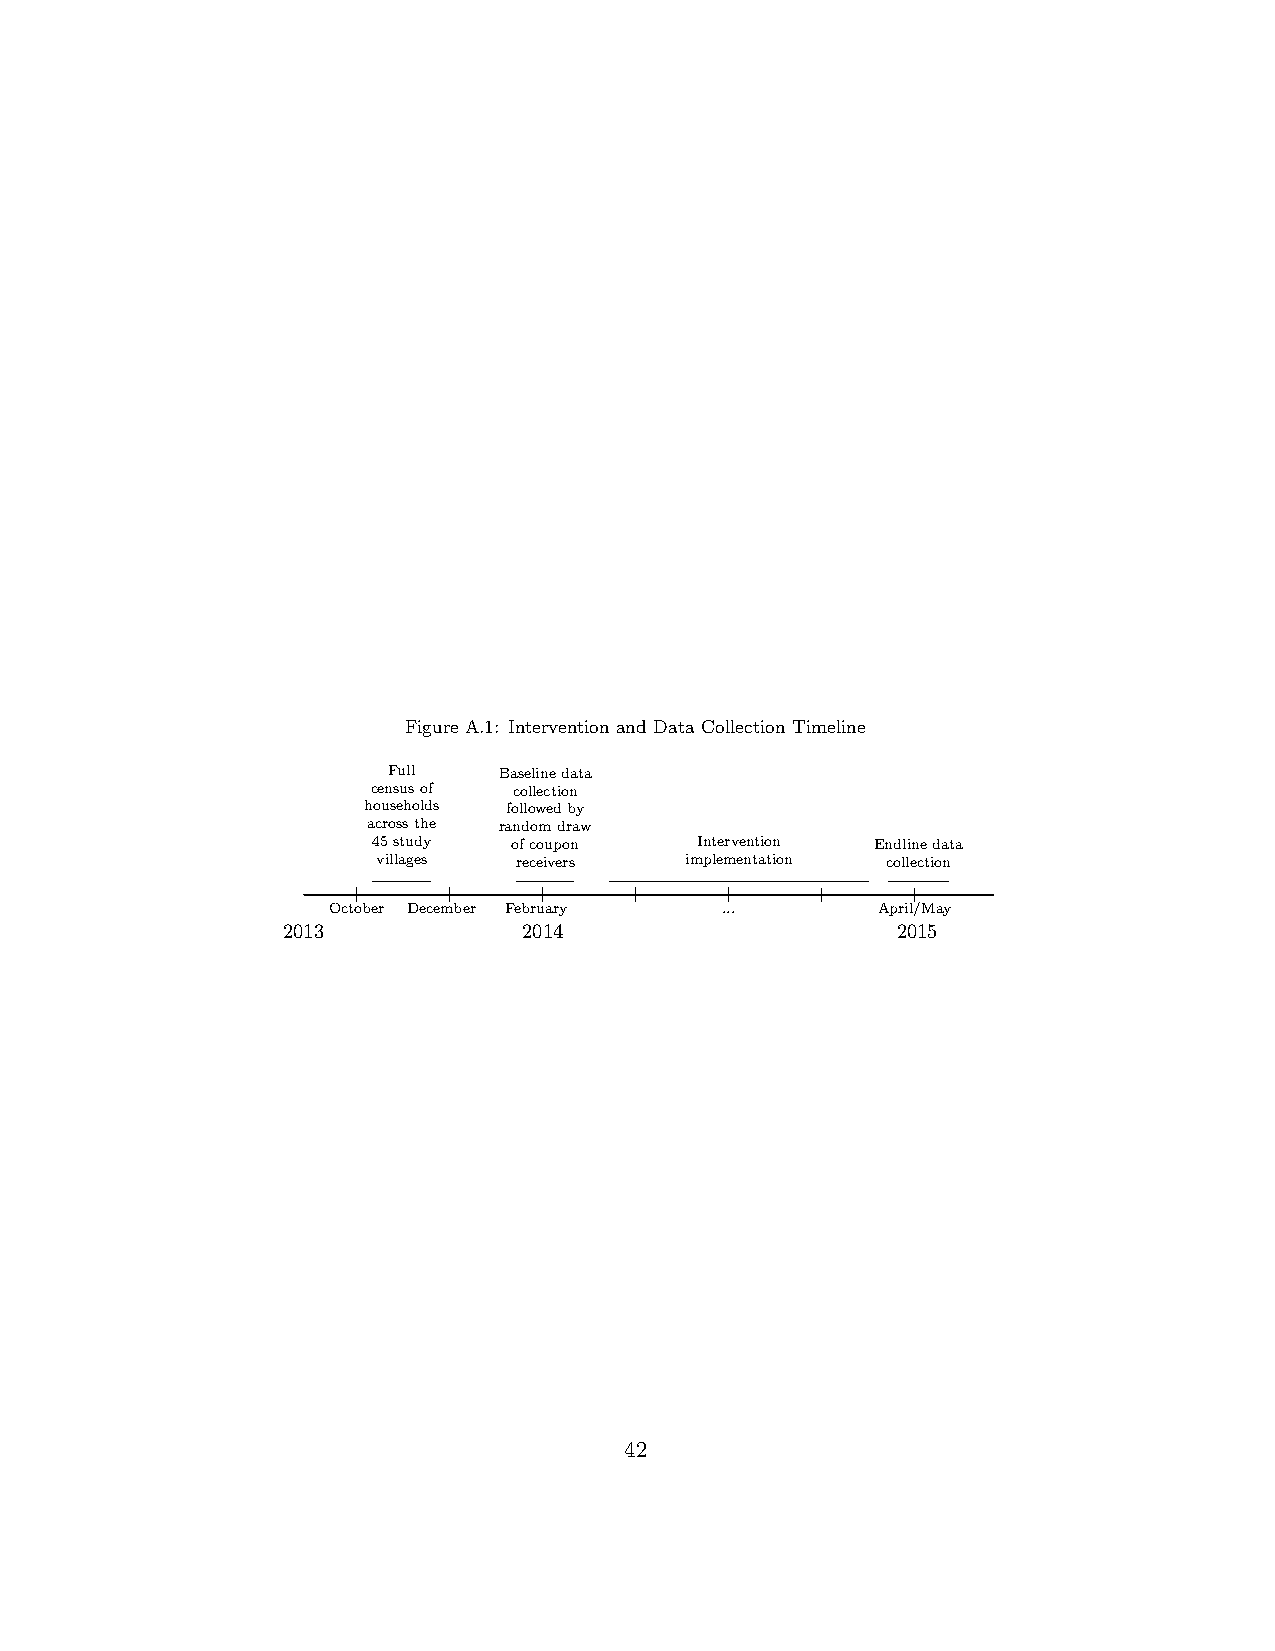
Figure A.1: Intervention and Data Collection Timeline
 Full   Baselinedata
 censusof collection
 households followedby
 acrossthe randomdraw
 45study  ofcoupon    Intervention Endlinedata
 villages receivers  implementation collection
 October December February ...       April/May
 2013            2014                    2015
 42